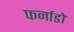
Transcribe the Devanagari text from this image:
फर्नाडो